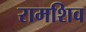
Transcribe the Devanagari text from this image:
रामशिव